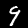
Digit: 9